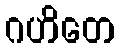
ဂဟိတေ